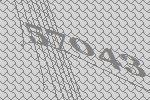
57043